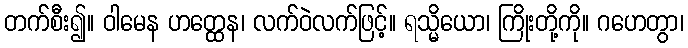
တက်စီး၍။ ဝါမေန ဟတ္ထေန၊ လက်ဝဲလက်ဖြင့်။ ရသ္မိယော၊ ကြိုးတို့ကို။ ဂဟေတွာ၊